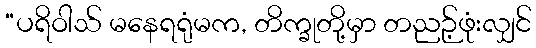
“ပရိဝါသ် မနေရရုံမက, တိက္ခုတို့မှာ တညဉ့်ဖုံးလျှင်